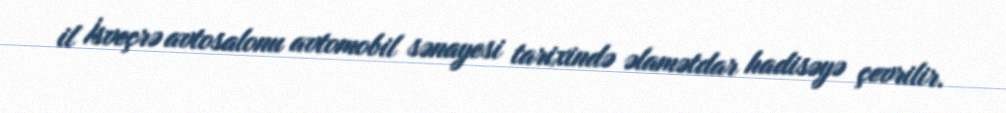
il İsveçrə avtosalonu avtomobil sənayesi tarixində əlamətdar hadisəyə çevrilir.